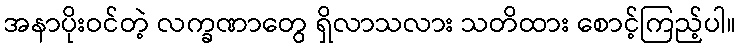
အနာပိုးဝင်တဲ့ လက္ခဏာတွေ ရှိလာသလား သတိထား စောင့်ကြည့်ပါ။